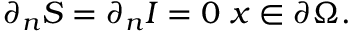
\partial _ { n } S = \partial _ { n } I = 0 \textrm { } x \in \partial \Omega .